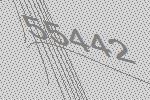
55442